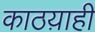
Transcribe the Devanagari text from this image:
काठय़ाही